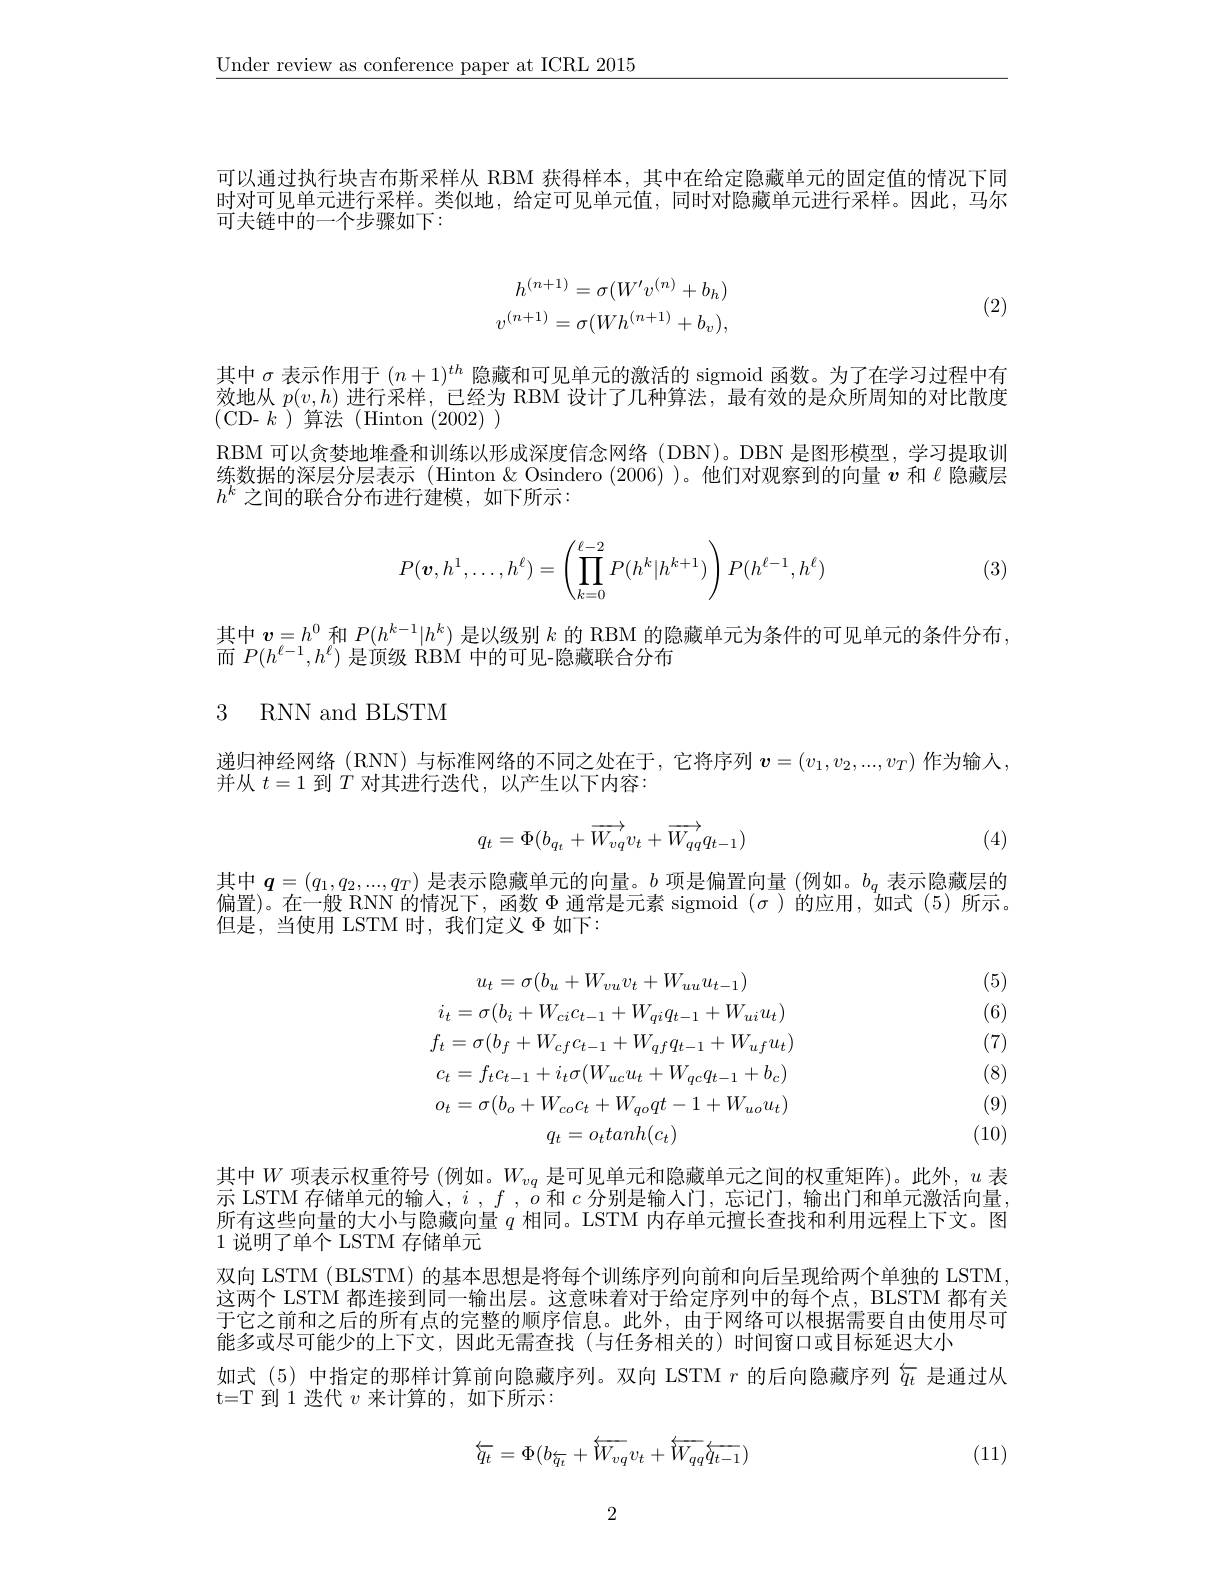
$\underline{\text{Under review as conference paper at ICRL 2015}}$

可以通过执行块吉布斯采样从 RBM 获得样本，其中在给定隐藏单元的固定值的情况下同时对可见单元进行采样。类似地，给定可见单元值，同时对隐藏单元进行采样。因此，马尔可夫链中的一个步骤如下：
$$\begin{aligned}h^{(n+1)}&=\sigma(W'v^{(n)}+b_h)\\v^{(n+1)}&=\sigma(Wh^{(n+1)}+b_v),\end{aligned}$$
(2)

其中$\sigma$表示作用于$(n+1)^th$隐藏和可见单元的激活的 sigmoid 函数。为了在学习过程中有效地从$p(v,h)$进行采样，已经为 RBM 设计了几种算法，最有效的是众所周知的对比散度(CD- $k$ )算法(Hinton(2002))
RBM 可以贪婪地堆叠和训练以形成深度信念网络(DBN)。DBN 是图形模型，学习提取训练数据的深层分层表示 (Hinton & Osindero (2006))。他们对观察到的向量$v$和《隐藏层$h^k$之间的联合分布进行建模，如下所示：
$$P(\boldsymbol{v},h^1,\dots,h^\ell)=\left(\prod_{k=0}^{\ell-2}P(h^k|h^{k+1})\right)P(h^{\ell-1},h^\ell)$$
(3)

其中$\boldsymbol{v}=h^0$和$P(h^k-1|h^k)$是以级别$k$的 RBM 的隐藏单元为条件的可见单元的条件分布，
而$P(h^{\ell-1},h^{\ell})$是顶级 RBM 中的可见-隐藏联合分布

## 3 RNN and BLSTM

递归神经网络(RNN) 与标准网络的不同之处在于，它将序列 $\boldsymbol v=(v_1,v_2,...,v_T)$ 作为输入，
并从$t=1$到$T$对其进行迭代，以产生以下内容：
$$q_t=\Phi(b_{q_t}+\overrightarrow{W_{vq}}v_t+\overrightarrow{W_{qq}}q_{t-1})$$
(4)

其中$\boldsymbol q=(q_1,q_2,...,q_T)$ 是表示隐藏单元的向量。$b$ 项是偏置向量 (例如。$b_q$ 表示隐藏层的白田$)\neq$航DNN的特对下 已并不适当目一点= 扁 置 ) 。在 一 般 RNN 的 情 况 上 , 函 数 $\Phi$谢常是兀索 sigmoid $(\sigma)$的应用，如式(5)所不但是，当使用 LSTM 时，我们定义$\Phi$如下：

(5)

(6)

(7)
$$u_{t}=\sigma(b_{u}+W_{vu}v_{t}+W_{uu}u_{t-1})\\i_{t}=\sigma(b_{i}+W_{ci}c_{t-1}+W_{qi}q_{t-1}+W_{ui}u_{t})\\f_{t}=\sigma(b_{f}+W_{cf}c_{t-1}+W_{qf}q_{t-1}+W_{uf}u_{t})\\c_{t}=f_{t}c_{t-1}+i_{t}\sigma(W_{uc}u_{t}+W_{qc}q_{t-1}+b_{c})\\o_{t}=\sigma(b_{o}+W_{co}c_{t}+W_{qo}qt-1+W_{uo}u_{t})\\q_{t}=o_{t}tanh(c_{t})$$
(8)

(9)

(10)

其中$W$项表示权重符号 (例如。$W_vq$ 是可见单元和隐藏单元之间的权重矩阵)。此外，$u$ 表示 LSTM 存储单元的输人，$i,f,o$和$c$分别是输入门，忘记门，输出门和单元激活向量， 所有这些向量的大小与隐藏向量$q$相同。LSTM 内存单元擅长查找和利用远程上下文。图1说明了单个 LSTM 存储单元
双向 LSTM (BLSTM) 的基本思想是将每个训练序列向前和向后呈现给两个单独的 LSTM 这两个 LSTM 都连接到同一输出层。这意味着对于给定序列中的每个点，BLSTM 都有关于它之前和之后的所有点的完整的顺序信息。此外，由于网络可以根据需要自由使用尽可能多或尽可能少的上下文，因此无需查找(与任务相关的)时间窗口或目标延迟大小
如式 (5)中指定的那样计算前向隐藏序列。双向 LSTM $r$的后向隐藏序列$\tilde{q}_t$是通过从
t=T 到 1 迭代$v$来计算的，如下所示：
$$\overline{q_t}=\Phi(b_{\overline{q_t}}+\overline{W_{vq}}v_t+\overline{W_{qq}}\overline{q_{t-1}})$$
(11)

2